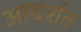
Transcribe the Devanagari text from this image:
आदर्शत